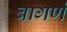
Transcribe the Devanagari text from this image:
वागणं